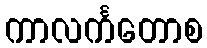
ကာလင်္ကတောစ